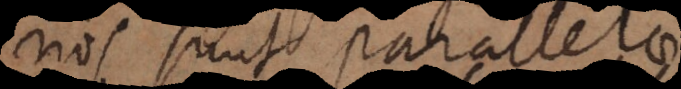
nos sunt parallelae,